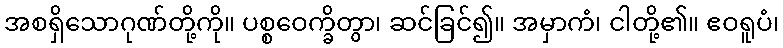
အစရှိသောဂုဏ်တို့ကို။ ပစ္စဝေက္ခိတွာ၊ ဆင်ခြင်၍။ အမှာကံ၊ ငါတို့၏။ ဧဝရူပံ၊